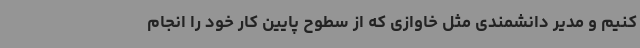
کنیم و مدیر دانشمندی مثل خاوازی که از سطوح پایین کار خود را انجام